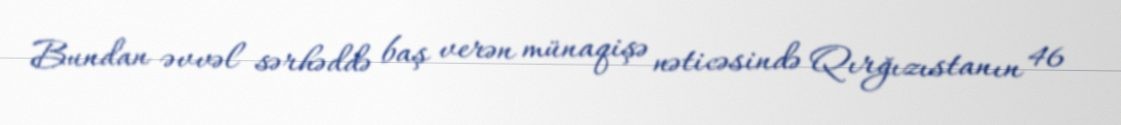
Bundan əvvəl sərhəddə baş verən münaqişə nəticəsində Qırğızıstanın 46